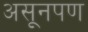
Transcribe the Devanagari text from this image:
असूनपण